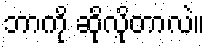
ဘာကို ဆိုလိုတာလဲ။